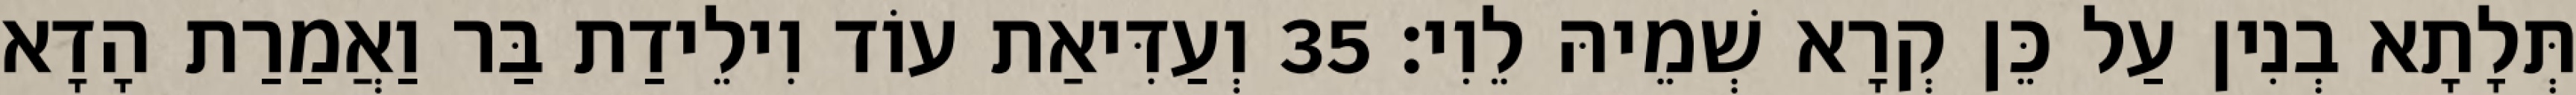
תְּלָתָא בְנִין עַל כֵּן קְרָא שְׁמֵיהּ לֵוִי׃ 35 וְעַדִּיאַת עוֹד וִילֵידַת בַּר וַאֲמַרַת הָדָא